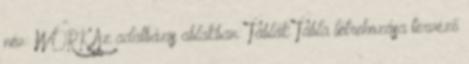
név: WORK Az adatbázis ablakban: Táblák Tábla létrehozása tervező